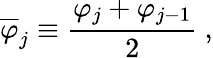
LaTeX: \overline{{\varphi}}_{j}\equiv{\frac{\varphi_{j}+\varphi_{j-1}}{2}}\ ,